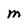
Character: M